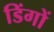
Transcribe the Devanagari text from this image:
डिंगों